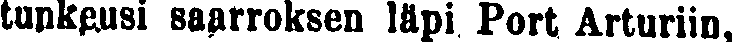
tunkeusi saarroksen läpi Port Arturiin,